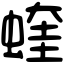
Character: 蝰